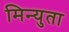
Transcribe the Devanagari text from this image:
मिन्युता